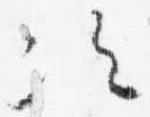
次